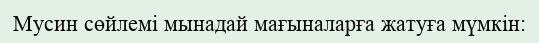
Мусин сөйлемі мынадай мағыналарға жатуға мүмкін: